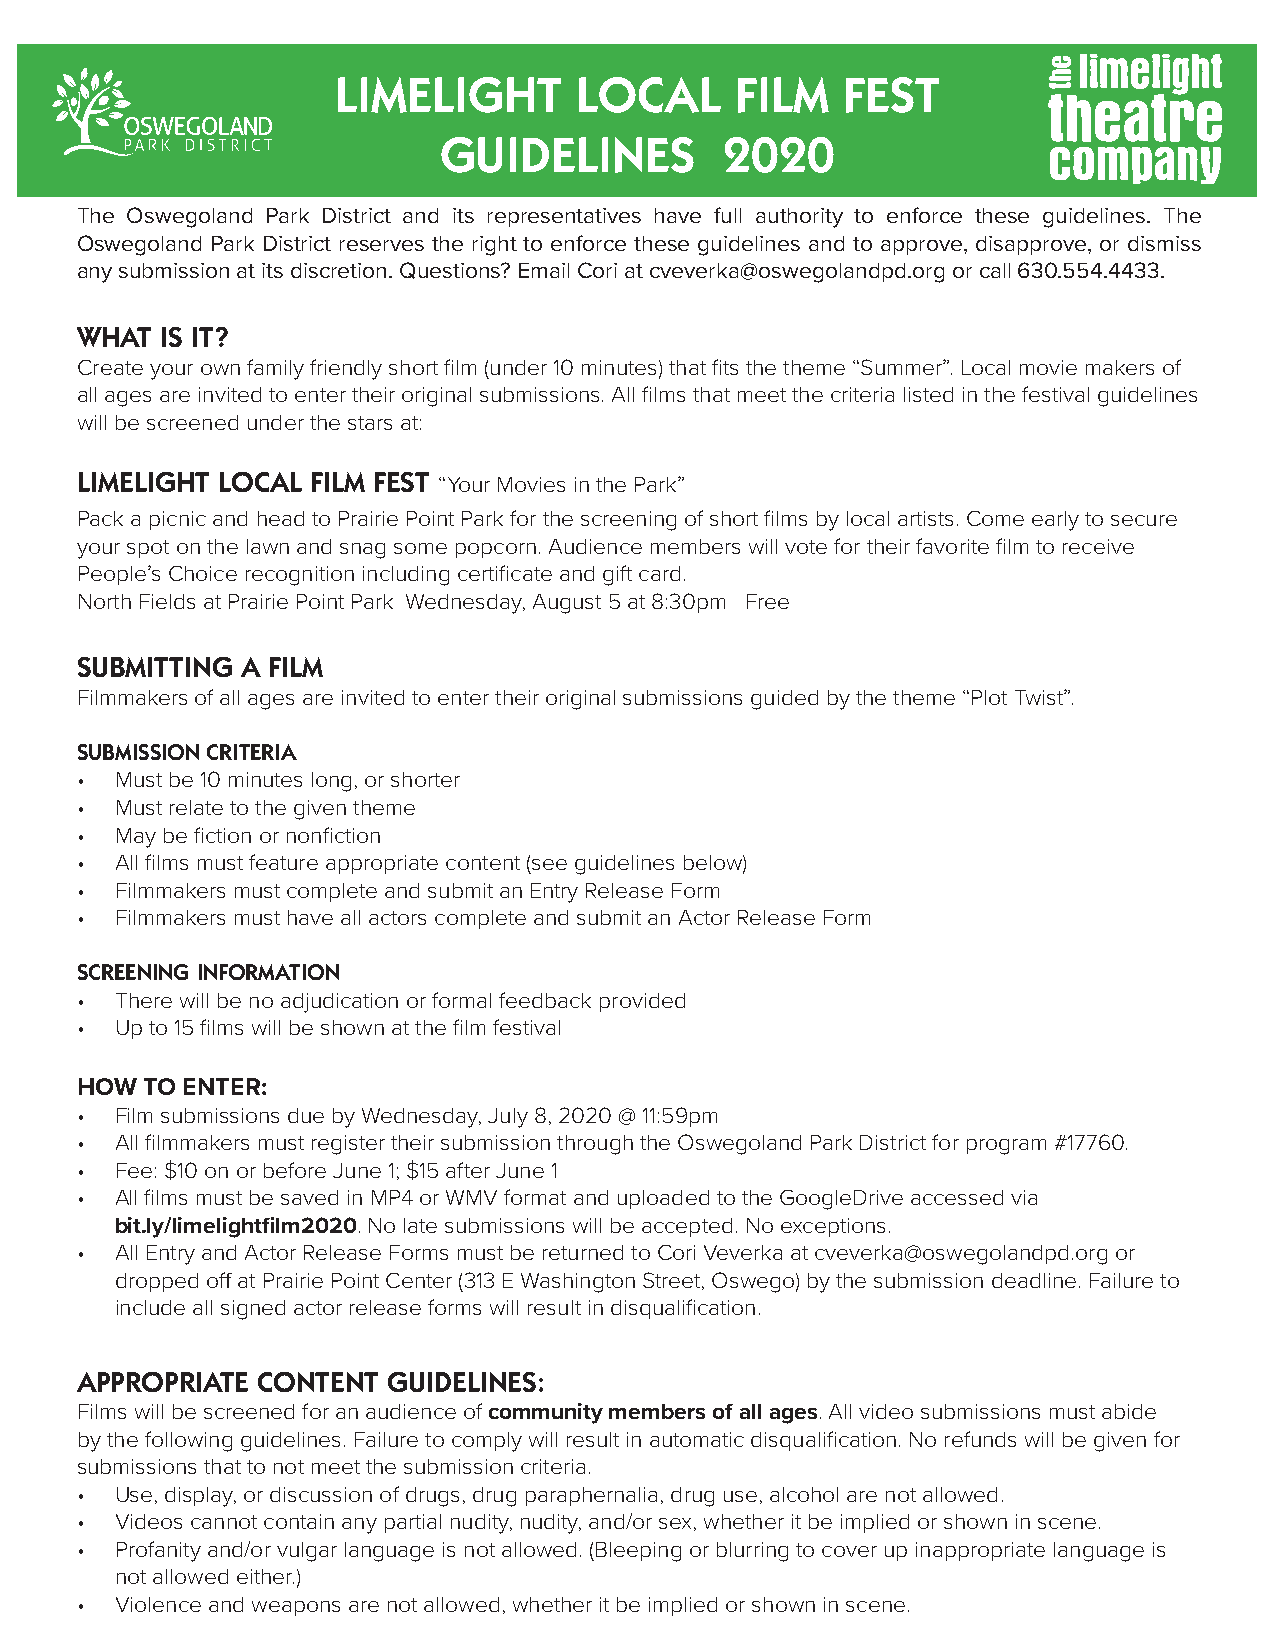
LIMELIGHT       LOCAL      FILM   FEST
 GUIDELINES         2020
 The Oswegoland Park District and its representatives have full authority to enforce these guidelines. The
 Oswegoland Park District reserves the right to enforce these guidelines and to approve, disapprove, or dismiss
 any submission at its discretion. Questions? Email Cori at cveverka@oswegolandpd.org or call 630.554.4433.
 WHAT  IS IT?
 Create your own family friendly short film (under 10 minutes) that fits the theme “Summer”. Local movie makers of
 all ages are invited to enter their original submissions. All films that meet the criteria listed in the festival guidelines
 will be screened under the stars at:
 LIMELIGHT LOCAL FILM FEST “Your Movies in the Park”
 Pack a picnic and head to Prairie Point Park for the screening of short films by local artists. Come early to secure
 your spot on the lawn and snag some popcorn. Audience members will vote for their favorite film to receive
 People’s Choice recognition including certificate and gift card.
 North Fields at Prairie Point Park Wednesday, August 5 at 8:30pm Free
 SUBMITTING A FILM
 Filmmakers of all ages are invited to enter their original submissions guided by the theme “Plot Twist”.
 SUBMISSION CRITERIA
 •  Must be 10 minutes long, or shorter
 •  Must relate to the given theme
 •  May be fiction or nonfiction
 •  All films must feature appropriate content (see guidelines below)
 •  Filmmakers must complete and submit an Entry Release Form
 •  Filmmakers must have all actors complete and submit an Actor Release Form
 SCREENING INFORMATION
 •  There will be no adjudication or formal feedback provided
 •  Up to 15 films will be shown at the film festival
 HOW TO ENTER:
 •  Film submissions due by Wednesday, July 8, 2020 @ 11:59pm
 •  All filmmakers must register their submission through the Oswegoland Park District for program #17760.
 •  Fee: $10 on or before June 1; $15 after June 1
 •  All films must be saved in MP4 or WMV format and uploaded to the GoogleDrive accessed via
 bit.ly/limelightfilm2020. No late submissions will be accepted. No exceptions.
 •  All Entry and Actor Release Forms must be returned to Cori Veverka at cveverka@oswegolandpd.org or
 dropped off at Prairie Point Center (313 E Washington Street, Oswego) by the submission deadline. Failure to
 include all signed actor release forms will result in disqualification.
 APPROPRIATE CONTENT  GUIDELINES:
 Films will be screened for an audience of community members of all ages. All video submissions must abide
 by the following guidelines. Failure to comply will result in automatic disqualification. No refunds will be given for
 submissions that to not meet the submission criteria.
 •  Use, display, or discussion of drugs, drug paraphernalia, drug use, alcohol are not allowed.
 •  Videos cannot contain any partial nudity, nudity, and/or sex, whether it be implied or shown in scene.
 •  Profanity and/or vulgar language is not allowed. (Bleeping or blurring to cover up inappropriate language is
 not allowed either.)
 •  Violence and weapons are not allowed, whether it be implied or shown in scene.